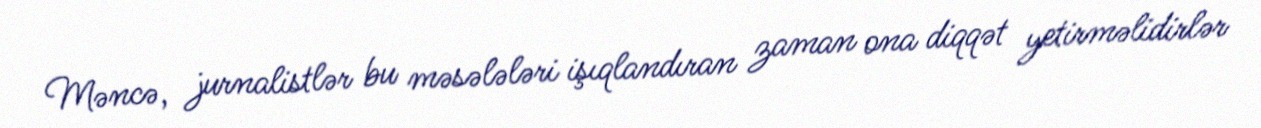
Məncə, jurnalistlər bu məsələləri işıqlandıran zaman ona diqqət yetirməlidirlər